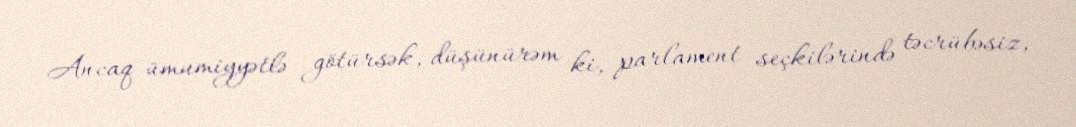
Ancaq ümumiyyətlə götürsək, düşünürəm ki, parlament seçkilərində təcrübəsiz,